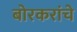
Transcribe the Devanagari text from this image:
बोरकरांचे